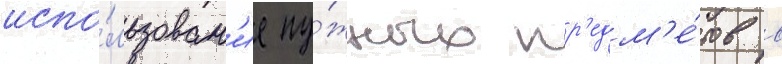
испо́льзован'ие ну́жных пр'едм'е́тов в